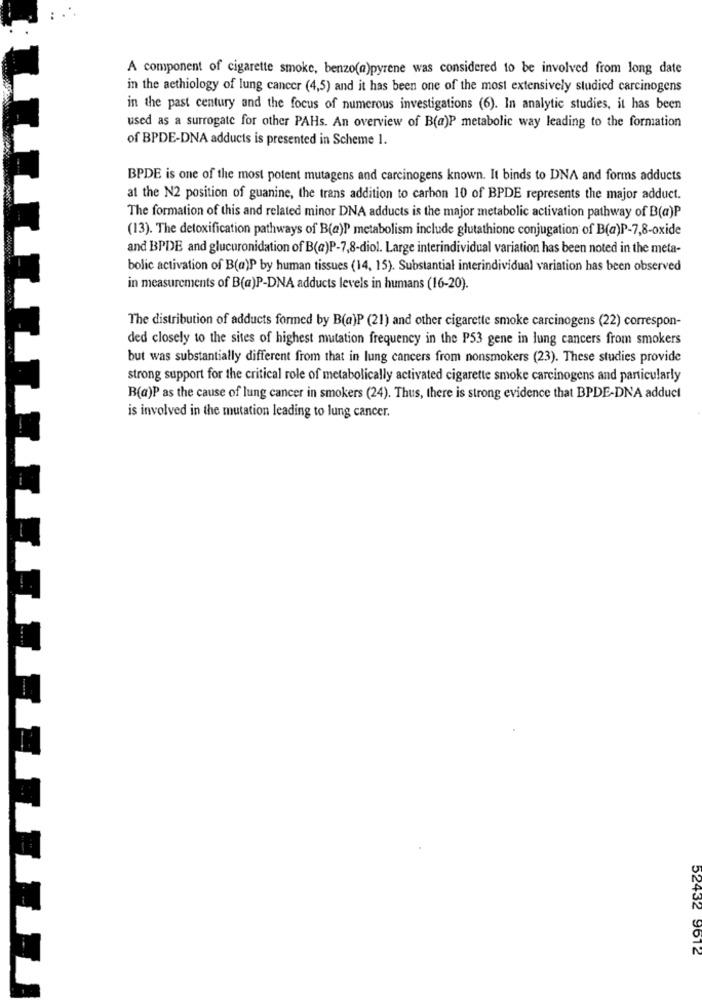
A component of cigarette smoke, benzo(@)pyrene was considered to be involved from long date
in the acthiology of lung cancer (4,5) and it has been one of the most extensively studied carcinogens
in the past century and the focus of numerous investigations (6). In analytic studies, it has been
used as a surrogate for other PAHs. An overview of B(a)P metabolic way leading to the formation
of BPDE-DNA adducts is presented in Scheme 1.
BPDE is one of the most potent mutagens and carcinogens known. It binds to DNA and forms adducts
at the N2 position of guanine, the trans addition to carbon 10 of BPDE represents the major adduct.
The formation of this and related minor DNA adducts is the major metabolic activation pathway of B(a)P
(13). The detoxification pathways of B(a)P metabolism include glutathione conjugation of B(a)P-7,8-oxide
and BPDE and glucuronidation of B(a)P-7,8-diol. Large interindividual variation has been noted in the meta-
bolic activation of B(a)P by human tissues (14, 15). Substantial interindividual variation has been observed
in measurements of B(a)P-DNA adducts levels in humans (16-20).
The distribution of adducts formed by B(a)P (21) and other cigarette smoke carcinogens (22) correspon-
ded closely to the sites of highest mutation frequency in the P53 gene in lung cancers from smokers
but was substantially different from that in lung cancers from nonsmokers (23). These studies provide
strong support for the critical role of metabolically activated cigarette smoke carcinogens and particularly
B(a)P as the cause of lung cancer in smokers (24). Thus, there is strong evidence that BPDE-DNA adduct
is involved in the mutation leading to lung cancer.
52432 9612